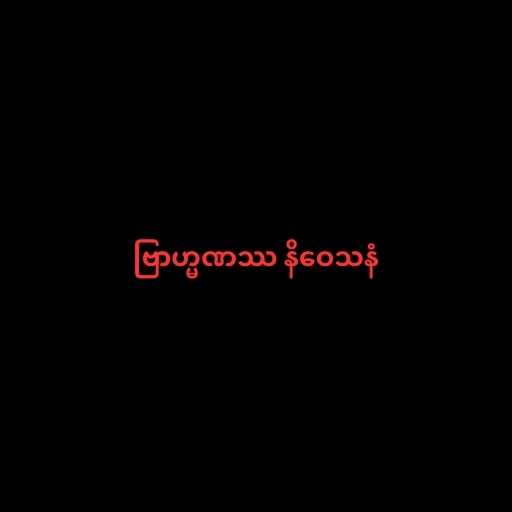
ဗြာဟ္မဏဿ နိဝေသနံ